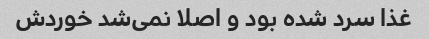
غذا سرد شده بود و اصلا نمی‌شد خوردش